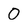
Character: 0